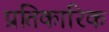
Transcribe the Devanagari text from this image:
प्रतिकारिक